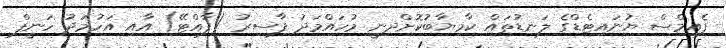
ފެއިމްސް ޔުނައިޓެޑްގެ ލަނޑުތައް ކާމިޔާބުކޮށްދިނީ މުހައްމަދު ފާސިރު (ފާއްޓޭ) އާއި އަހުމަދު ހަނީފް